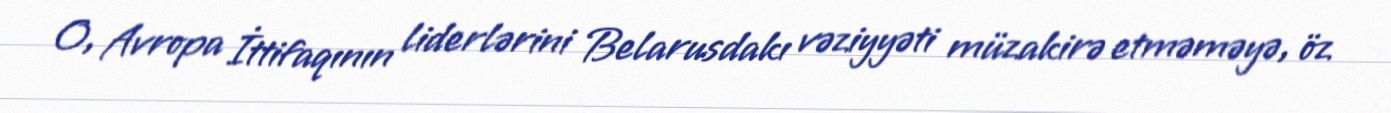
O, Avropa İttifaqının liderlərini Belarusdakı vəziyyəti müzakirə etməməyə, öz